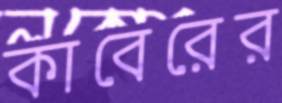
কাবেরের